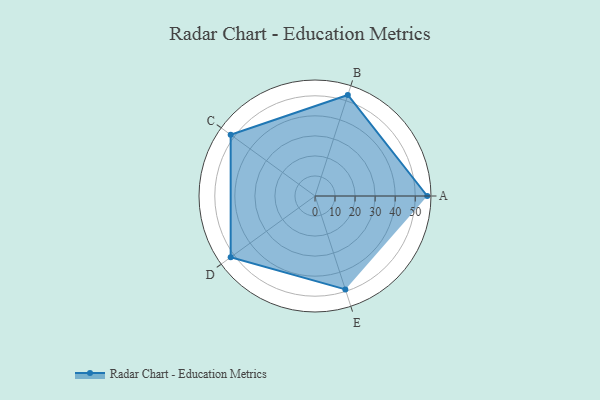
{"axis": {"x": "Skill", "y": "Score"}, "legend": ["Profile"], "data": [{"x": "A", "y": 56.0, "type": "Profile"}, {"x": "B", "y": 53.0, "type": "Profile"}, {"x": "C", "y": 52.0, "type": "Profile"}, {"x": "D", "y": 52.0, "type": "Profile"}, {"x": "E", "y": 49.0, "type": "Profile"}]}